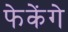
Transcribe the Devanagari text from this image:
फेकेंगे